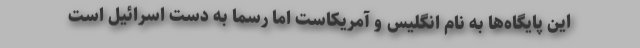
این پایگاه‌ها به نام انگلیس و آمریکاست اما رسما به دست اسرائیل است